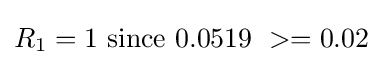
R_{1}=1~{\mbox{since}}~0.0519\ >=0.02